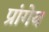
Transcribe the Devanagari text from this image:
प्रांगेय